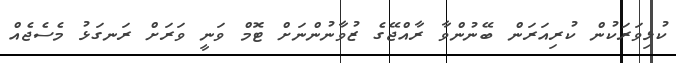
ކުޅިވަރަކުން ކުރިއަރަން ބޭނުންވާ ރާއްޖޭގެ ޒުވާނުންނަށް ޓޮމް ވަނީ ވަރަށް ރަނގަޅު މެސެޖެއް